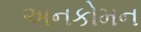
અનકોમન